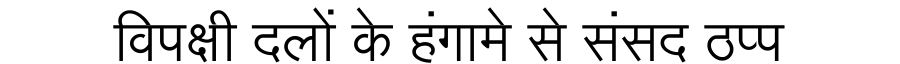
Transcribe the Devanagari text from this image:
विपक्षी दलों के हंगामे से संसद ठप्प